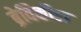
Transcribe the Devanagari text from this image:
ब्रेविकौडा